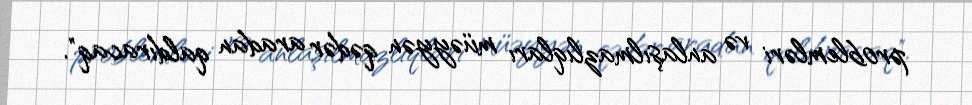
problemləri və anlaşılmazlıqları müəyyən qədər aradan qaldıracaq".